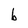
Character: b